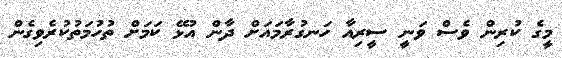
މީގެ ކުރިން ވެސް ވަނީ ސީރިއާ ހަނގުރާމައަށް ދާން އުޅޭ ކަމަށް ތުހުމަތުކުރެވިގެން